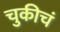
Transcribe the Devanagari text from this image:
चुकीचं